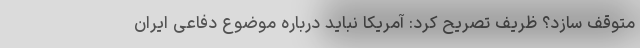
متوقف سازد؟ ظریف تصریح کرد: آمریکا نباید درباره موضوع دفاعی ایران